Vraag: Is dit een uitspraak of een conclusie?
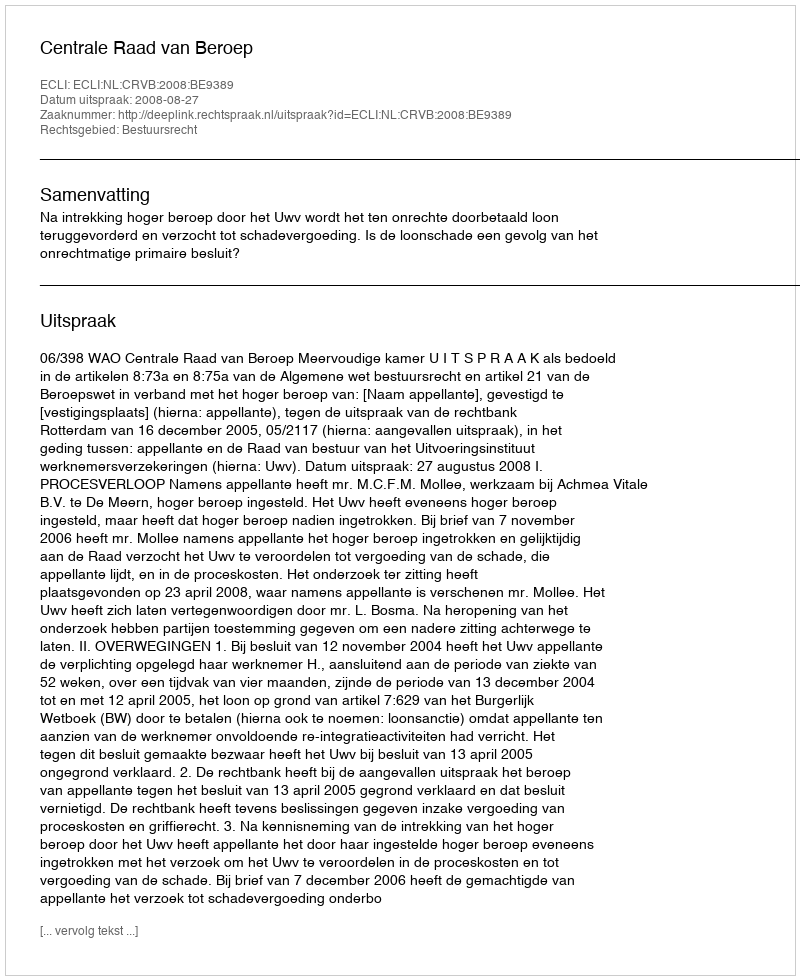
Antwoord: Uitspraak